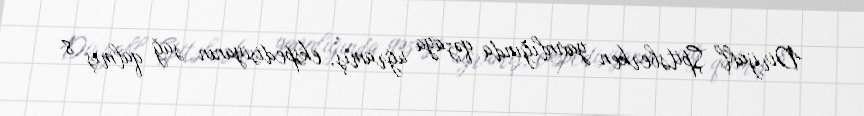
Dirijabl Şpitsberken yaxınlığında qəzaya uğramış, ekspedisiyanın sağ qalmış 8